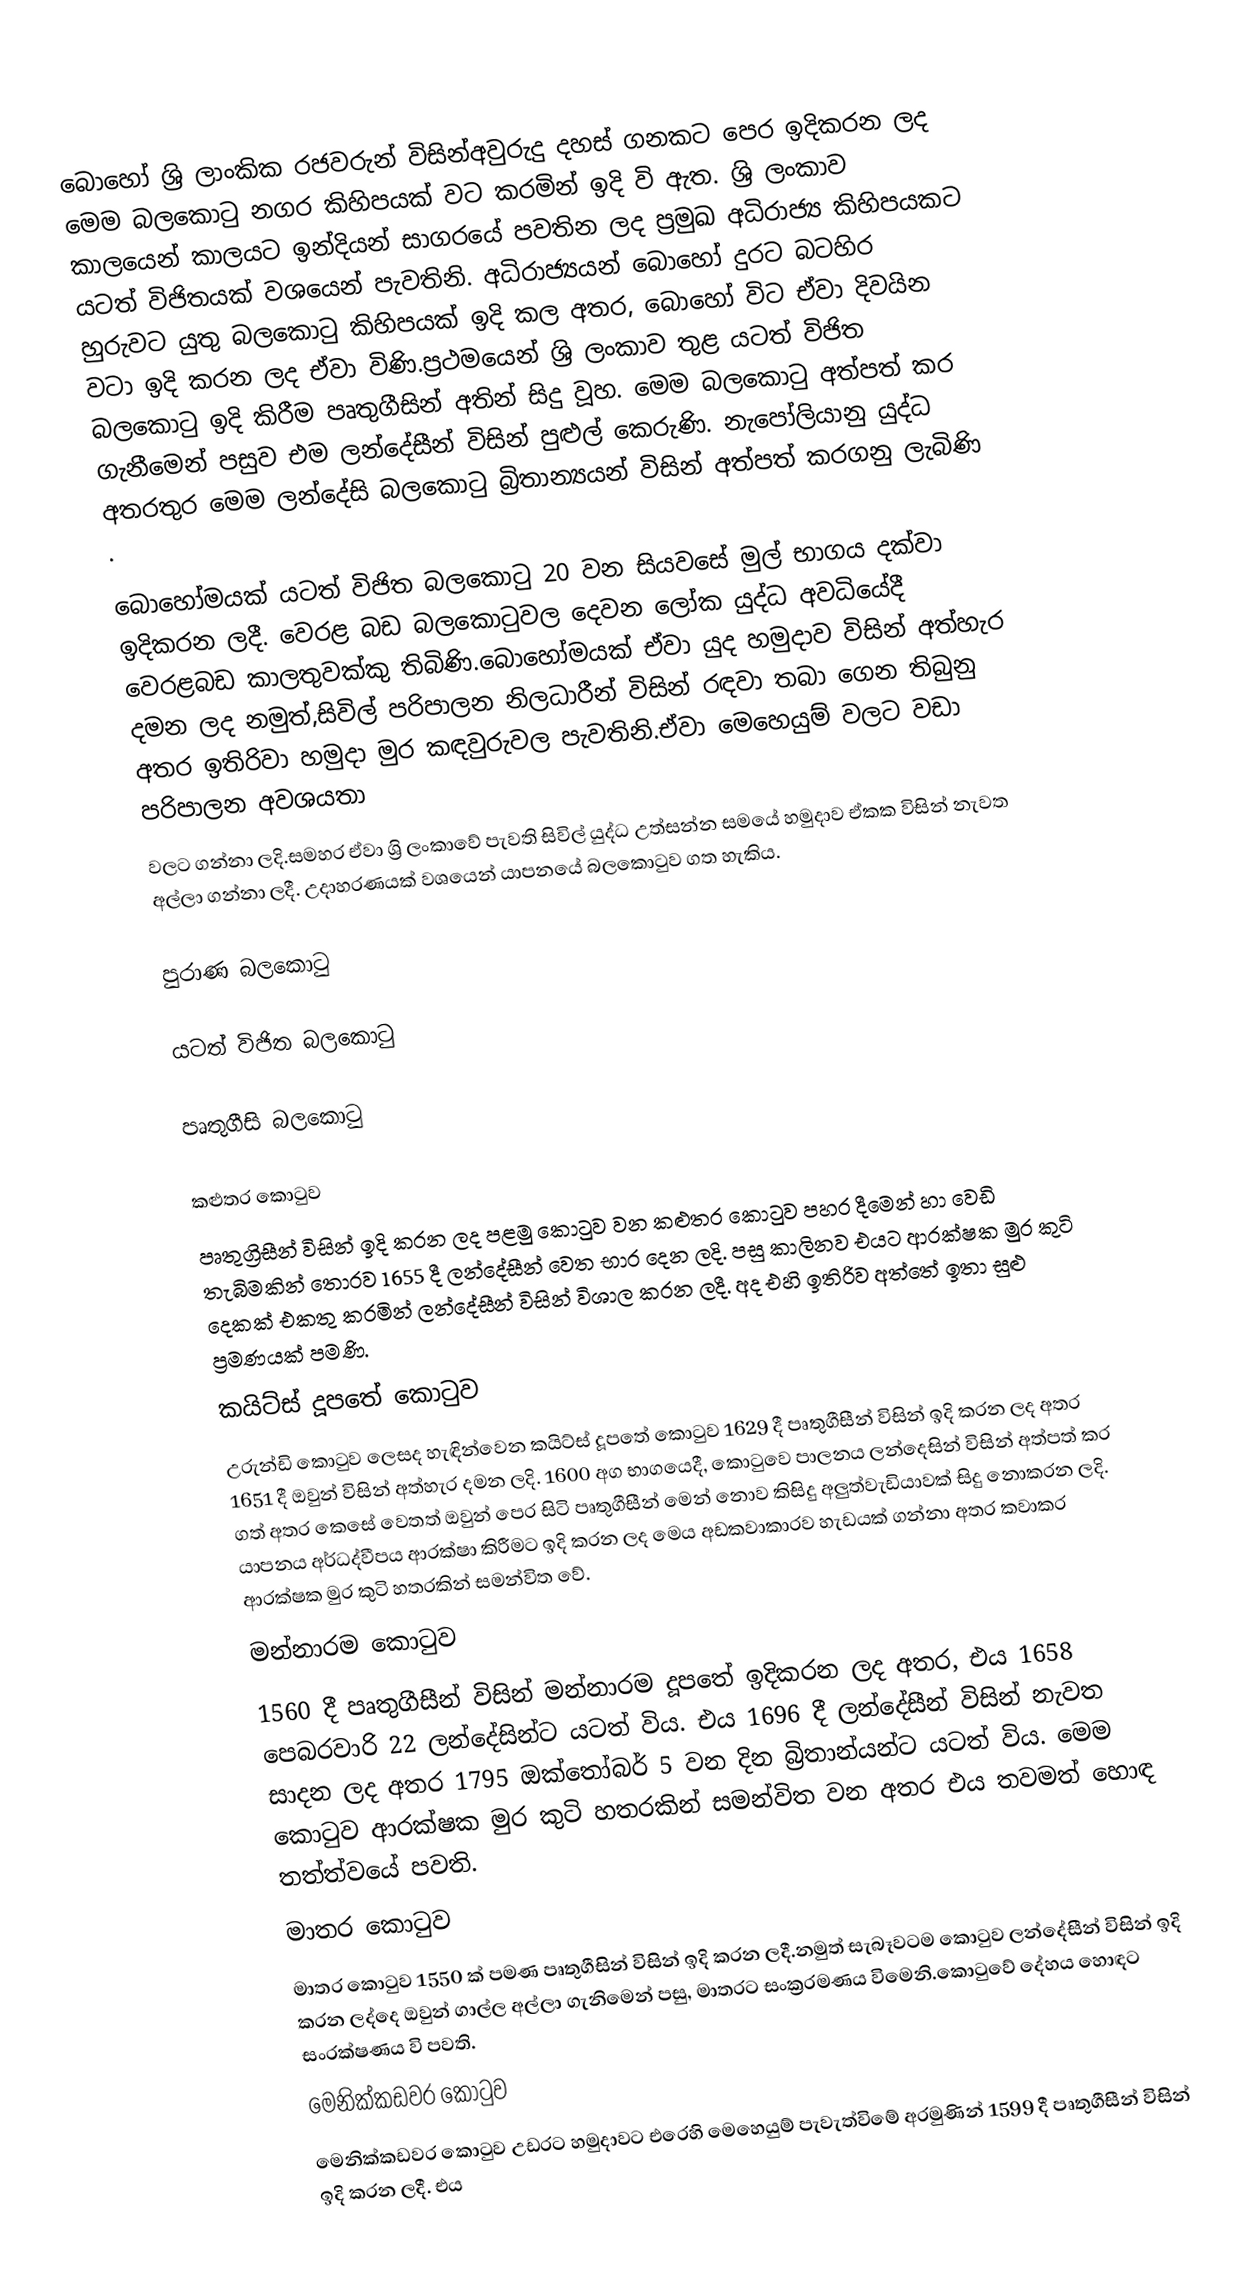
බොහෝ ශ්‍රි ලාංකික රජවරුන් විසින්අවුරුදු දහස් ගනකට පෙර ඉදිකරන ලද මෙම බලකොටු නගර කිහිපයක් වට කරමින් ඉදි  වි ඇත. ශ්‍රි ලංකාව  කාලයෙන් කාලයට ඉන්දියන් සාගරයේ පවතින ලද ප්‍රමුඛ අධිරාජ්‍ය කිහිපයකට යටත් විජිතයක් වශයෙන් පැවතිනි. අධිරාජ්‍යයන් බොහෝ දුරට බටහිර හුරුවට යුතු බලකොටු කිහිපයක් ඉදි කල අතර, බොහෝ විට ඒවා දිවයින වටා ඉදි කරන ලද ඒවා විණි.ප්‍රථමයෙන් ශ්‍රි ලංකාව තුළ යටත් විජිත  බලකොටු ඉදි කිරීම  පෘතුගීසින් අතින් සිදු වූහ. මෙම බලකොටු අත්පත් කර ගැනීමෙන් පසුව එම ලන්දේසීන් විසින් පුළුල් කෙරුණි.  නැපෝලියානු යුද්ධ අතරතුර මෙම ලන්දේසි බලකොටු බ්‍රිතාන්‍යයන් විසින් අත්පත් කරගනු ලැබිණි .

බොහෝමයක් යටත් විජිත බලකොටු  20 වන සියවසේ මුල් භාගය දක්වා ඉදිකරන ලදී. වෙරළ බඩ බලකොටුවල දෙවන ලෝක යුද්ධ අවධියේදී වෙරළබඩ කාලතුවක්කු තිබිණි.බොහෝමයක් ඒවා  යුද හමුදාව විසින් අත්හැර දමන ලද නමුත්,සිවිල් පරිපාලන නිලධාරීන් විසින් රඳවා තබා ගෙන තිබුනු අතර ඉතිරිවා හමුදා මුර කඳවුරුවල පැවතිනි.ඒවා මෙහෙයුම් වලට වඩා පරිපාලන අවශ‍යතා
වලට ගන්නා ලදි.සමහර  ඒවා  ශ්‍රි ලංකාවේ පැවති සිවිල් යුද්ධ උත්සන්න සමයේ  හමුදාව ඒකක විසින් නැවත අල්ලා ගන්නා ලදී. උදාහරණයක් වශයෙන් යාපනයේ බලකොටුව ගත හැකිය.

පුරාණ බලකොටු

යටත් විජිත බලකොටු

පෘතුගීසි බලකොටු

 කළුතර කොටුව
 පෘතුග්‍රිසීන් විසින් ඉදි කරන ලද පළමු කොටුව  වන කළුතර  කොටුව පහර දීමෙන් හා වෙඩි  තැබිමකින් තොරව 1655 දී ලන්දේසීන් වෙත භාර දෙන ලදි. පසු කාලිනව  එයට ආරක්ෂක මුර කුටි දෙකක් එකතු  කරමින්  ලන්දේසීන් විසින් විශාල කරන ලදී. අද එහි ඉතිරිව අත්තේ ඉතා සුළු ප්‍රමණයක් පමණි.
 කයිට්ස් දූපතේ කොටුව
උරුන්ඩි කොටුව ලෙසද හැඳින්වෙන කයිට්ස් දූපතේ කොටුව 1629 දී පෘතුගීසීන් විසින් ඉදි කරන ලද අතර 1651 දී ඔවුන් විසින්  අත්හැර දමන ලදි.  1600  අග භාගයෙදී, කොටුවෙ  පාලනය ලන්දෙසින් විසින් අත්පත් කර ගත් අතර කෙසේ වෙතත් ඔවුන් පෙර සිටි පෘතුගීසීන්  මෙන් නොව කිසිදු  අලුත්වැඩියාවක් සිදු  නොකරන ලදි. යාපනය අර්ධද්වීපය ආරක්ෂා කිරීමට ඉදි කරන ලද මෙය අඩකවාකාරව හැඩයක් ගන්නා අතර කවාකර ආරක්ෂක මුර කුටි හතරකින් සමන්විත වේ.
 මන්නාරම කොටුව
1560 දී පෘතුගීසීන් විසින් මන්නාරම දූපතේ ඉදිකරන ලද අතර, එය  1658 පෙබරවාරි 22  ලන්දේසින්ට යටත් විය. එය 1696 දී ලන්දේසීන් විසින් නැවත සාදන ලද අතර 1795 ඔක්තෝබර් 5 වන දින බ්‍රිතාන්යන්ට යටත් විය. මෙම කොටුව ආරක්ෂක මුර කුටි හතරකින් සමන්විත වන අතර එය තවමත් හොඳ තත්ත්වයේ පවති.
 මාතර කොටුව
මාතර කොටුව 1550 ක් පමණ පෘතුගීසින් විසින් ඉදි කරන ලදී.නමුත් සැබෑවටම කොටුව ලන්දේසීන් විසින් ඉදි කරන ලද්දෙ ඔවුන් ගාල්ල අල්ලා ගැනිමෙන් පසු, මාතරට සංක්‍රරමණය විමෙනි.කොටුවේ දේහය හොඳට සංරක්ෂණය වි පවති.
 මෙනික්කඩවර කොටුව
මෙනික්කඩවර කොටුව උඩරට හමුදාවට එරෙහි මෙහෙයුම් පැවැත්විමේ අරමුණින් 1599 දී පෘතුගීසීන් විසින් ඉදි කරන ලදී. එය